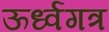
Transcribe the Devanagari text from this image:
ऊर्ध्वगत्र